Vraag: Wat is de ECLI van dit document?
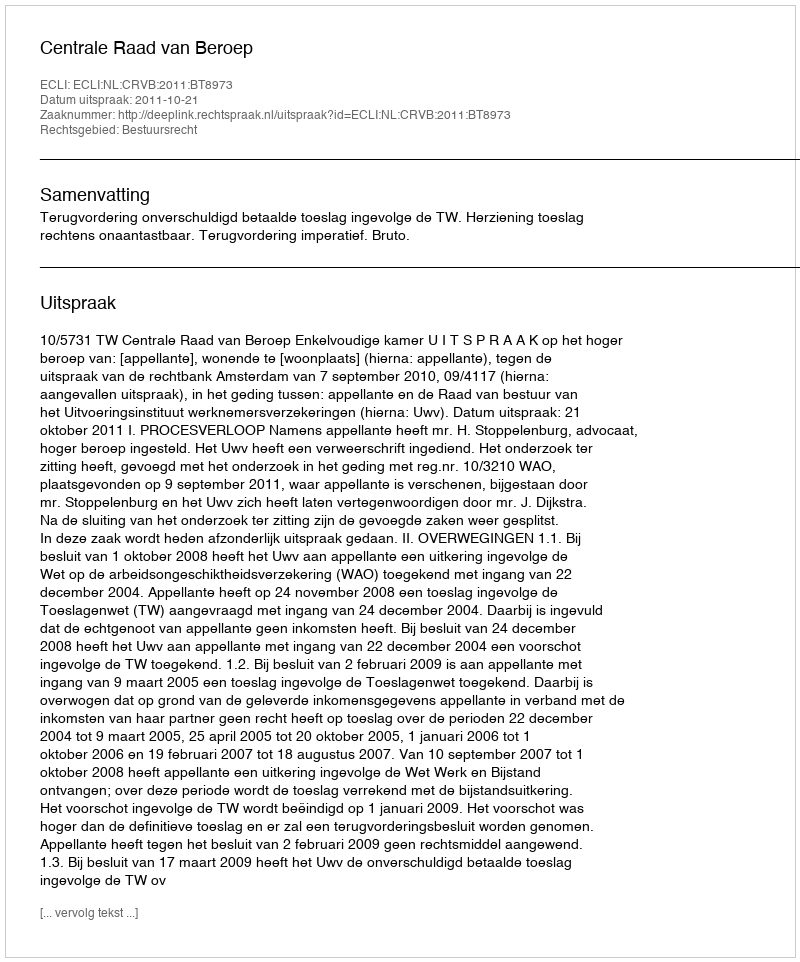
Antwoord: ECLI:NL:CRVB:2011:BT8973